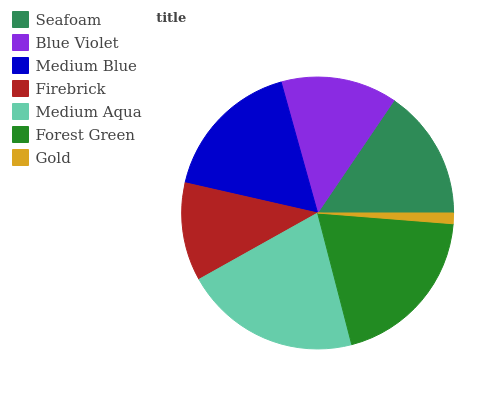
| Seafoam | Blue Violet | Medium Blue | Firebrick | Medium Aqua | Forest Green | Gold |
 | --- | --- | --- | --- | --- | --- | --- |
 | 15.5% | 13.8% | 17.2% | 11.7% | 20.8% | 19.7% | 1.26% |